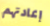
إعادتهم